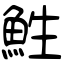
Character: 鮏